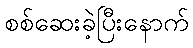
စစ်ဆေးခဲ့ပြီးနောက်